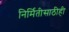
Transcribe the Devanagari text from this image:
निर्मितीसाठीही